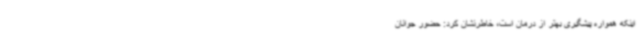
اینکه همواره پیشگیری بهتر از درمان است، خاطرنشان کرد: حضور جوانان